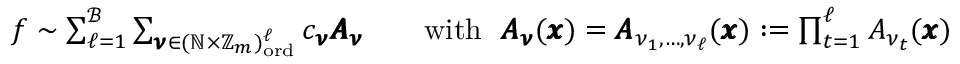
\begin{array} { r } { f \sim \sum _ { \ell = 1 } ^ { \mathcal { B } } \sum _ { \pmb { \nu } \in ( \mathbb { N } \times \mathbb { Z } _ { m } ) _ { \mathrm { o r d } } ^ { \ell } } c _ { \pmb { \nu } } \pmb { A } _ { \pmb { \nu } } \qquad \mathrm { w i t h } ~ ~ \pmb { A } _ { \pmb { \nu } } ( \pmb { x } ) = \pmb { A } _ { \nu _ { 1 } , \dots , \nu _ { \ell } } ( \pmb { x } ) : = \prod _ { t = 1 } ^ { \ell } A _ { \nu _ { t } } ( \pmb { x } ) } \end{array}